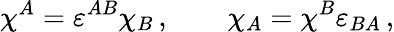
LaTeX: \chi^{A}=\varepsilon^{AB}\chi_{B}\, ,\qquad\chi_{A}=\chi^{B}\varepsilon_{BA}\, ,